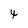
Character: 4